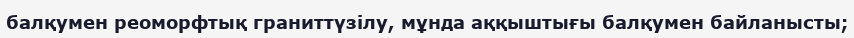
балқумен реоморфтық граниттүзілу, мұнда аққыштығы балқумен байланысты;